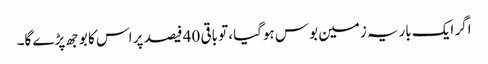
اگر ایک باریہ زمین بوس ہوگیا، تو باقی 40 فیصد پر اس کا بوجھ پڑے گا۔